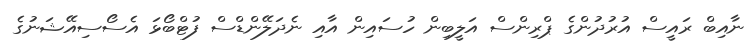
ނާއިބް ރައީސް އުރުދުންގެ ޕްރިންސް އަލީބިން ހުސައިން އާއި ނެދަލޭންޑްސް ފުޓްބޯޅަ އެސޯސިއޭޝަނުގެ